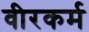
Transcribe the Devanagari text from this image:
वीरकर्म